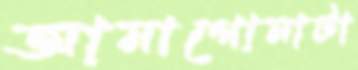
আনাগোনাটা